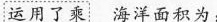
运用了乘海洋面积为：